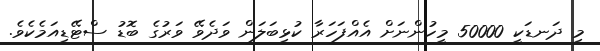
މި ދަނޑަކީ 50000 މީހުންނަށް އެއްފަހަރާ ކުޅިބަލަން ވަދެވޭ ވަރުގެ ބޮޑު ސްޓޭޑިއަމެކެވެ.